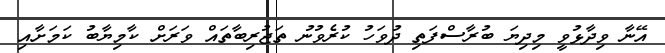
އޭނާ ވިދާޅުވީ މިދިޔަ ބުރާސްފަތި ދުވަހު ކުރެވުނު ތަޖުރިބާތައް ވަރަށް ކާމިޔާބު ކަމަށާއި